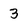
Character: 3